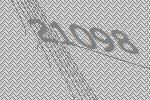
21098